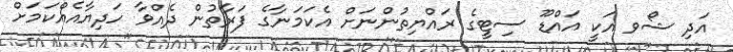
އަދި ޝޯވ އަކީ އައްޑޫ ސިޓީގެ ރައްޔިތުންނަށް އެކަމަނާގެ ފަރާތުން ދެއްވާ ހަދިޔާއެއްކަމަށް